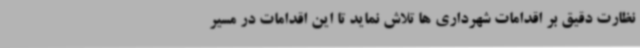
نظارت دقیق بر اقدامات شهرداری ها تلاش نماید تا این اقدامات در مسیر